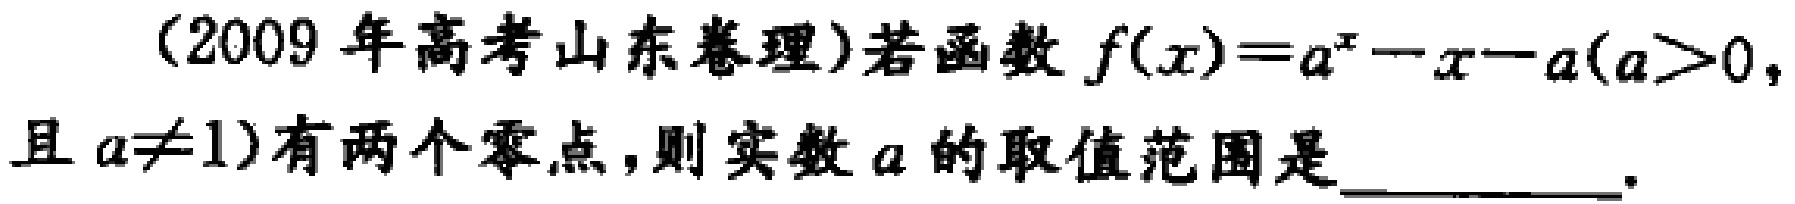
(2009年高考山东卷理)若函数$f(x)=a^{x}-x - a(a>0,$且$a\neq1)$有两个零点，则实数$a$的取值范围是__________．